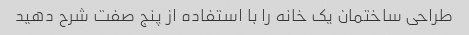
طراحی ساختمان یک خانه را با استفاده از پنج صفت شرح دهید